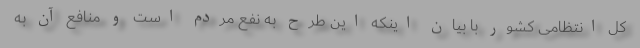
کل انتظامی کشور با بیان اینکه این طرح به نفع مردم است و منافع آن به